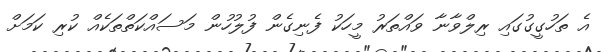
އެ ތަހުގީގުގައި ރިލްވާނާ ވައްތަރު މީހަކު ފެނިގެން ފުލުހުން މަސައްކަތްތަކެއް ކުރި ކަމަށް